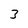
Character: 3